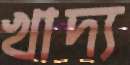
খাদ্য